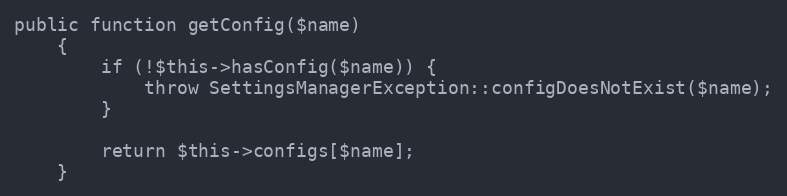
Language: PHP
public function getConfig($name)
    {
        if (!$this->hasConfig($name)) {
            throw SettingsManagerException::configDoesNotExist($name);
        }

        return $this->configs[$name];
    }